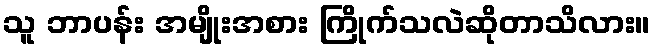
သူ ဘာပန်း အမျိုးအစား ကြိုက်သလဲဆိုတာသိလား။